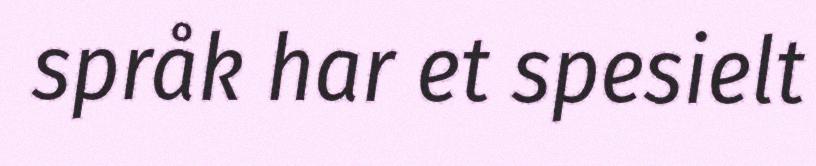
språk har et spesielt